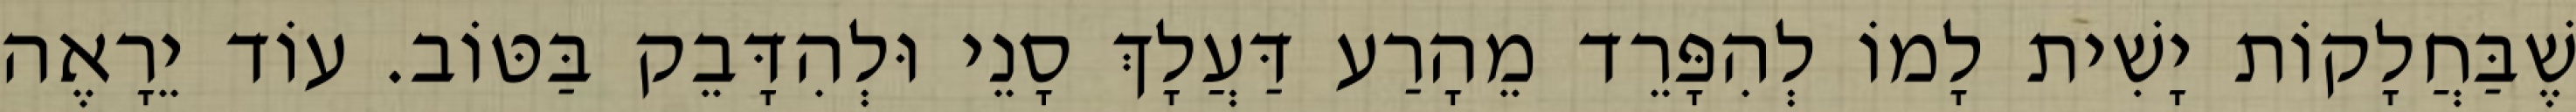
שֶׁבַּחֲלָקוֹת יָשִׁית לָמוֹ לְהִפָּרֵד מֵהָרַע דַּעֲלָךְ סָנֵי וּלְהִדָּבֵק בַּטּוֹב. עוֹד יֵרָאֶה